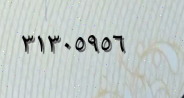
٣١٣٠٥٩٥٦